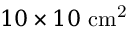
1 0 \times 1 0 ~ \mathrm { c m ^ { 2 } }